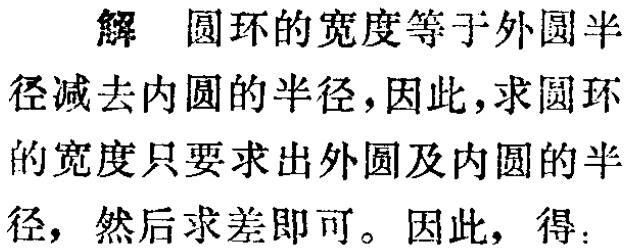
解 圆环的宽度等于外圆半径减去内圆的半径，因此，求圆环的宽度只要求出外圆及内圆的半径，然后求差即可。因此，得：